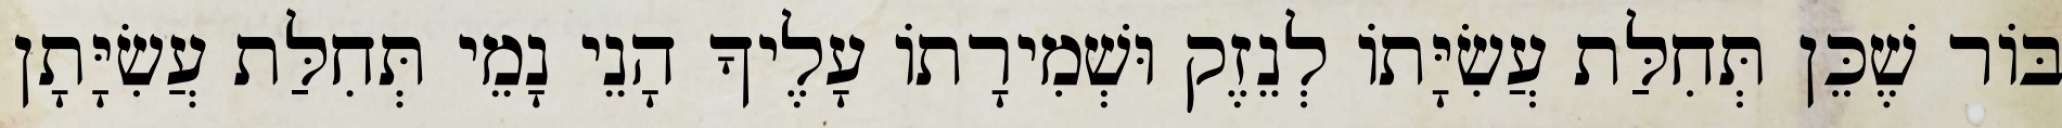
בּוֹר שֶׁכֵּן תְּחִלַּת עֲשִׂיָּתוֹ לְנֵזֶק וּשְׁמִירָתוֹ עָלֶיךָ הָנֵי נָמֵי תְּחִלַּת עֲשִׂיָּתָן